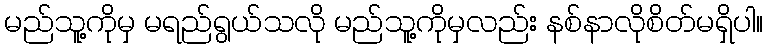
မည်သူ့ကိုမှ မရည်ရွယ်သလို မည်သူ့ကိုမှလည်း နစ်နာလိုစိတ်မရှိပါ။